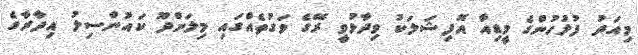
މިއަދު ފުލުހުންގެ މީޑިއާ އޮފިޝަލަކު ވިދާޅުވީ ރޭގެ ވަގުތެއްގައި މިލަންދޫ ކައުންސިލު އިދާރާގެ